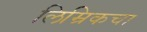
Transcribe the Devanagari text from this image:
लिम्रिकचा